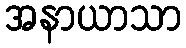
အနာယာသာ